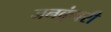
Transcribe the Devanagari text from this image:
जनकुंवरी